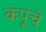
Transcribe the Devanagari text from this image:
कंपूंचे